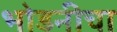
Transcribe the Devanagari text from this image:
भोडनीचा